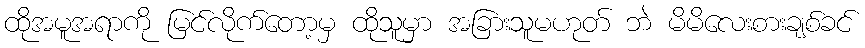
ထိုအမူအရာကို မြင်လိုက်တော့မှ ထိုသူမှာ အခြားသူမဟုတ် ဘဲ မိမိလေးစားချစ်ခင်